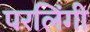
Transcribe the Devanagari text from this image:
परलिंगी